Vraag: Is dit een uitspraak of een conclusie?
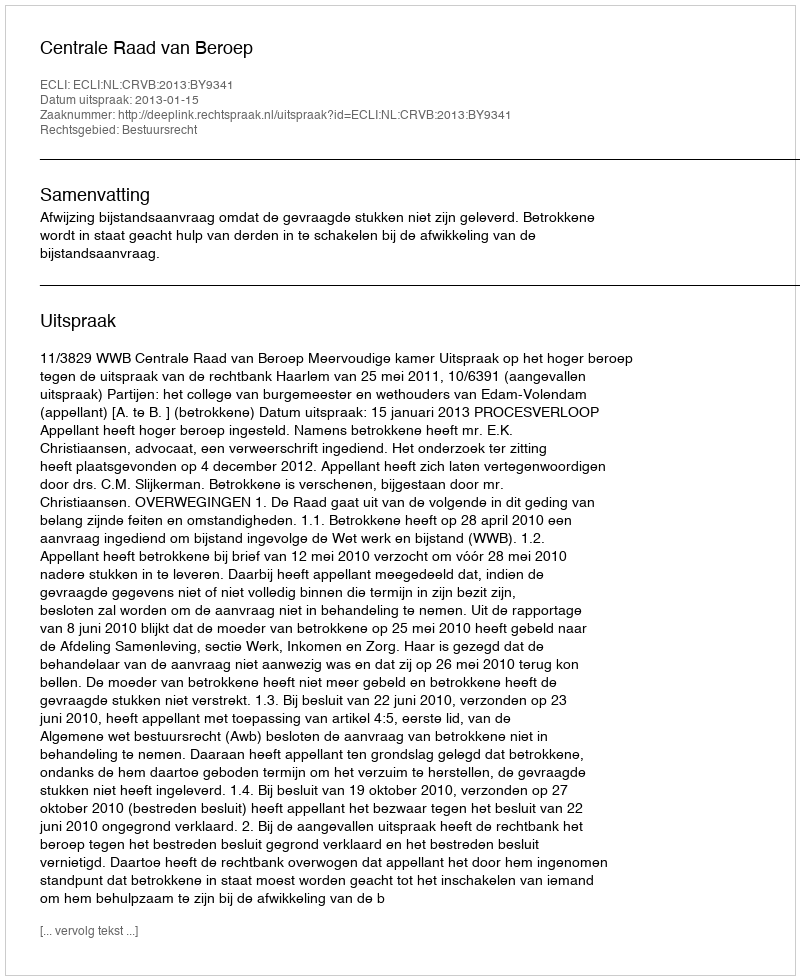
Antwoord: Uitspraak